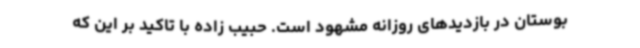
بوستان در بازدیدهای روزانه مشهود است. حبیب زاده با تاکید بر این که